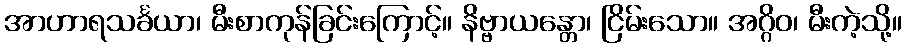
အာဟာရသင်္ခယာ၊ မီးစာကုန်ခြင်းကြောင့်။ နိဗ္ဗာယန္တော၊ ငြိမ်းသော။ အဂ္ဂိဝ၊ မီးကဲ့သို့။